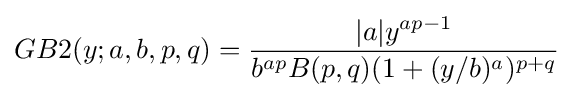
GB2(y;a,b,p,q)={\frac {|a|y^{ap-1}}{b^{ap}B(p,q)(1+(y/b)^{a})^{p+q}}}